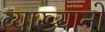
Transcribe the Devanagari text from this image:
व्याख्यानो